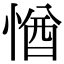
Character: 㥢